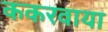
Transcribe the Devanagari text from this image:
ककरवाया